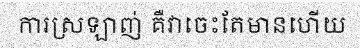
ការស្រឡាញ់ គឺវាចេះតែមានហើយ